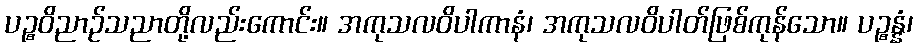
ပဉ္စဝိညာဉ်သညာတို့လည်းကောင်း။ အကုသလဝိပါကာနံ၊ အကုသလဝိပါတ်ဖြစ်ကုန်သော။ ပဉ္စန္နံ၊